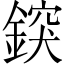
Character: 𨨷